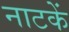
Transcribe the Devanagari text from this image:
नाटकें